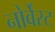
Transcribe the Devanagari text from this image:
नोर्वेस्ट